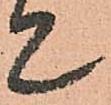
て